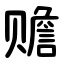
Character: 赡